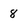
Character: 8